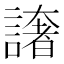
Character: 譇